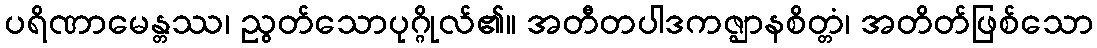
ပရိဏာမေန္တဿ၊ ညွတ်သောပုဂ္ဂိုလ်၏။ အတီတပါဒကဇ္ဈာနစိတ္တံ၊ အတိတ်ဖြစ်သော